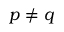
p \neq q